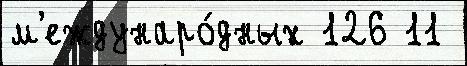
м'еждунаро́дных 126 11